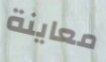
معاينة